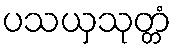
ပသယှသုတ္တံ